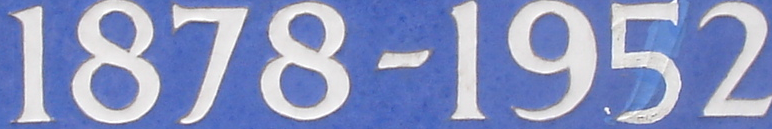
1878-1952